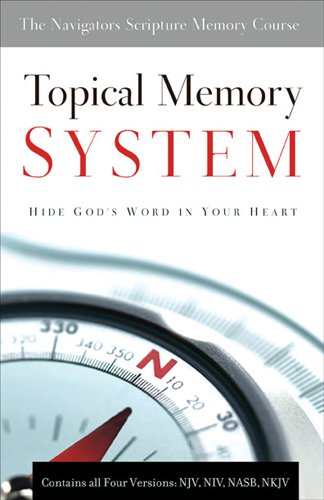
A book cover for Topical Memory System; Christian Books & Bibles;